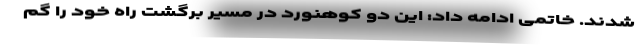
شدند. خاتمی ادامه داد: این دو کوهنورد در مسیر برگشت راه خود را گم